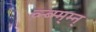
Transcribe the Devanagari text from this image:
व्न्ब्म्म्म्न्